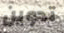
تدوين